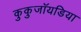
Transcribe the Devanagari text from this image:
कुकुजॉयडिया